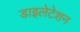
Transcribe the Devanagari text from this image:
डाइलेटेशन